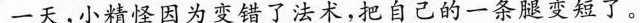
一天，小精怪因为变错了法术，把自己的一条腿变短了。